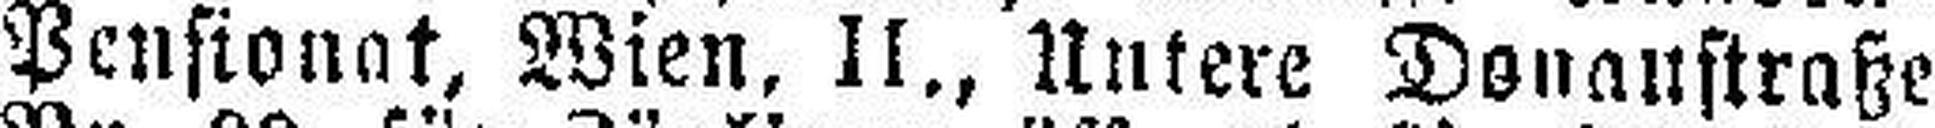
Pensionat, Wien, II., Untere Donaustraße